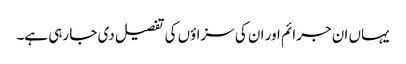
یہاں ان جرائم اور ان کی سزاؤں کی تفصیل دی جا رہی ہے۔